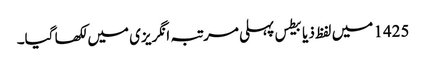
1425 میں‌ لفظ ذیابیطس پہلی مرتبہ انگریزی میں‌ لکھا گیا۔